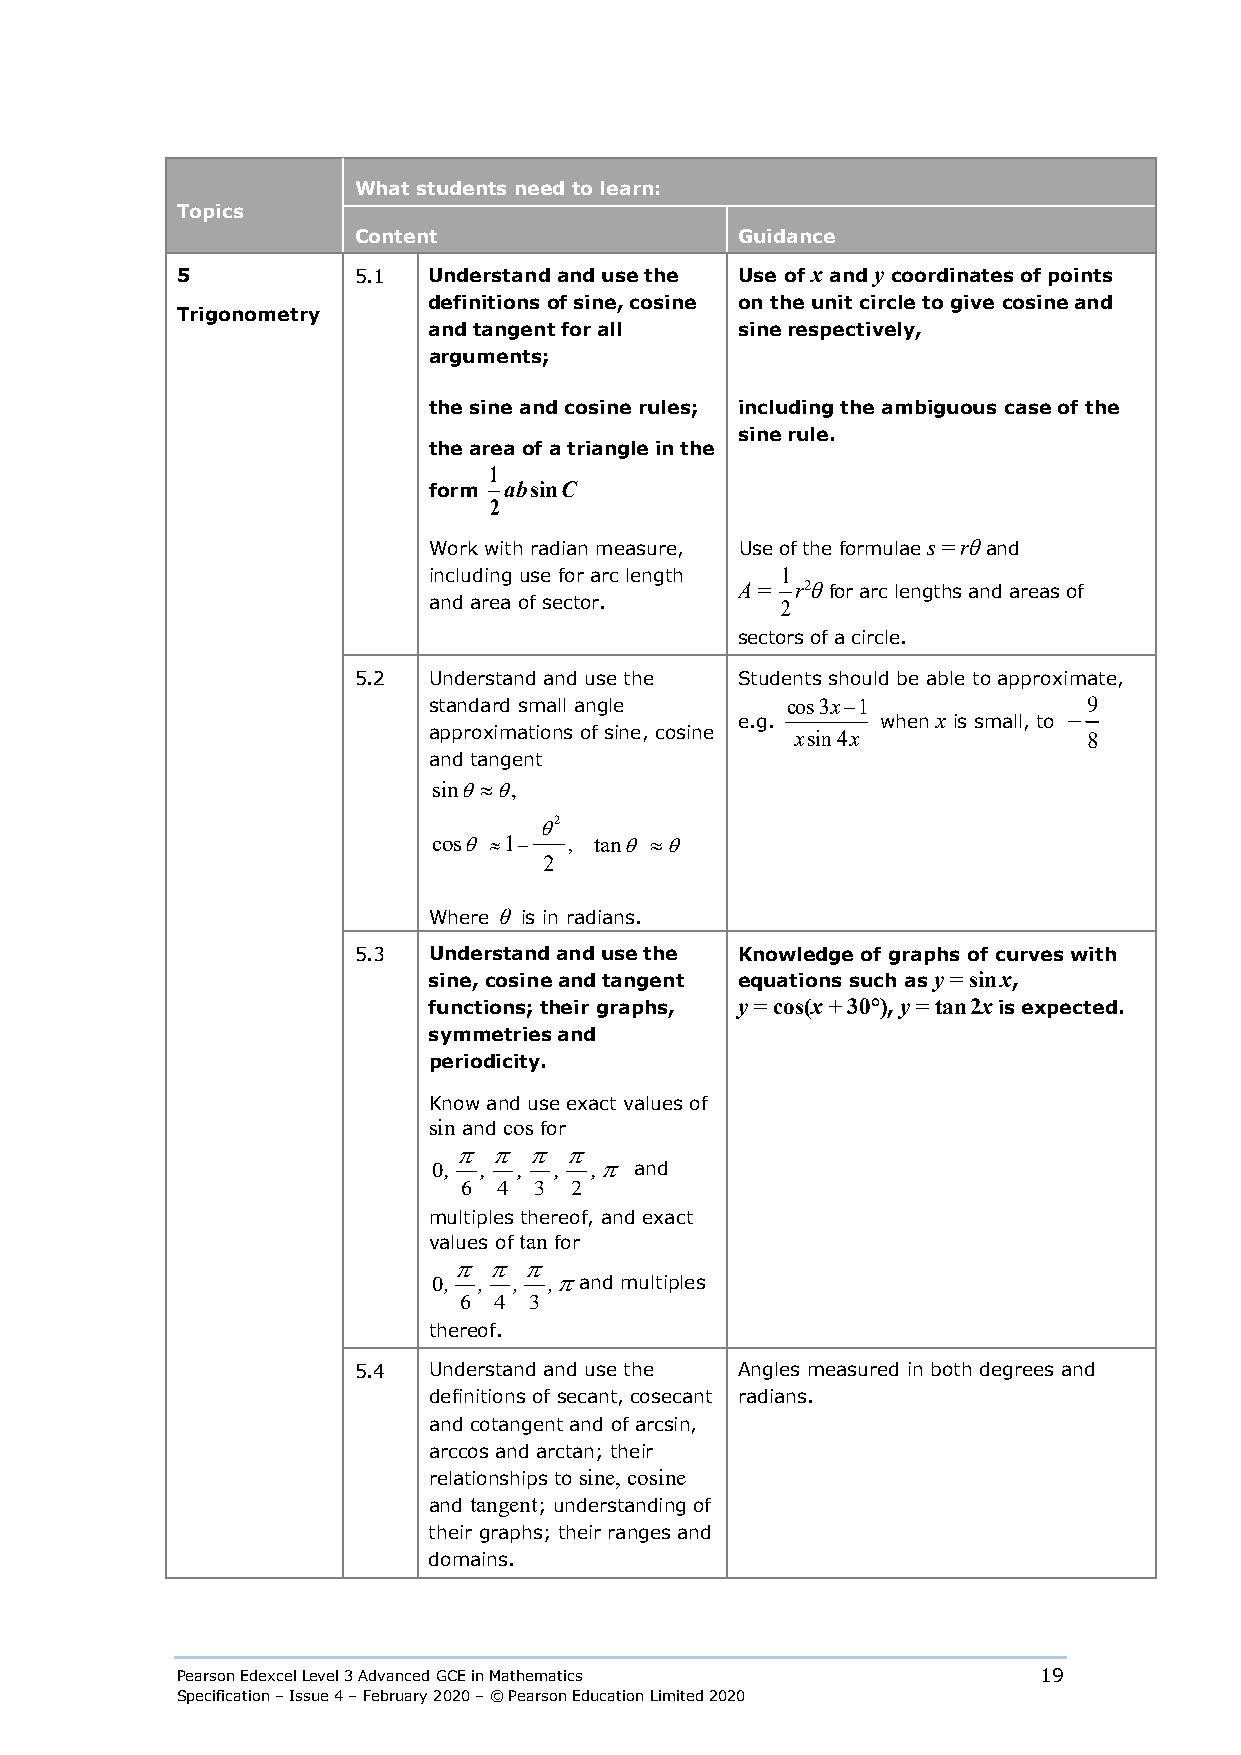
What students need to learn:
 Topics
 Content                   Guidance
 5          5.1  Understand and use the Use of x and y coordinates of points
 definitions of sine, cosine on the unit circle to give cosine and
 Trigonometry
 and tangent for all  sine respectively,
 arguments;
 the sine and cosine rules; including the ambiguous case of the
 sine rule.
 the area of a triangle in the
 1
 form ab sin C
 2
 Work with radian measure, Use of the formulae s = rθ and
 including use for arc length 1
 A = r2θ for arc lengths and areas of
 and area of sector.     2
 sectors of a circle.
 5.2  Understand and use the Students should be able to approximate,
 standard small angle    cos3x−1             9
 e.g.     when x is small, to −
 approximations of sine, cosine xsin4x       8
 and tangent
 sinθ≈θ,
 θ2
 cosθ ≈1− , tanθ ≈θ
 2
 Where θ is in radians.
 5.3  Understand and use the Knowledge of graphs of curves with
 sine, cosine and tangent equations such as y = sin x,
 functions; their graphs, y = cos(x + 30°), y = tan 2x is expected.
 symmetries and
 periodicity.
 Know and use exact value s of
 sin and cos for
 π  π π π
 0, , ,  , ,π and
 6 4 3  2
 multiples thereof, and exact
 values of tan for
 π π  π
 0, , , ,πand multiples
 6  4 3
 thereof.
 5.4  Understand and use the Angles measured in both degrees and
 definitions of secant, cosecant radians.
 and cotangent and of arcsin,
 arccos and arctan; their
 relationships to sine, cosine
 and tangent; understanding of
 their graphs; their ranges and
 domains.
 Pearson Edexcel Level 3 Advanced GCE in Mathematics      19
 Specification – Issue 4 – February 2020 – © Pearson Education Limited 2020